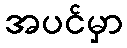
အပင်မှာ